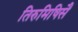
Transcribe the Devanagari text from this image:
तिरुमिषिसै